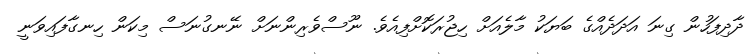
ދާދިފަހުން ގިނަ އަދަދެއްގެ ބަޔަކު މާލެއަށް ހިޖުރަކޮށްފިއެވެ. ނޫސްވެރިންނަށް ނޭނގުނަސް މިކަން ހިނގާފައިވަނީ